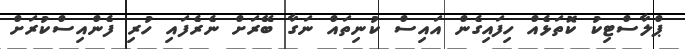
ޕްލާސްޓިކު ކޮތަޅެއް ހިފައިގެން އައިސް ކުނިތައް ނަގާ ބޭރަށް ނެރެފައި ހުރި ފެންއިސްކުރަށް